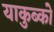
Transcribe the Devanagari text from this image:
याकुब्को